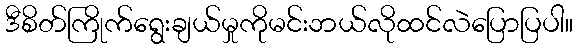
ဒီစိတ်ကြိုက်ရွေးချယ်မှုကိုမင်းဘယ်လိုထင်လဲပြောပြပါ။